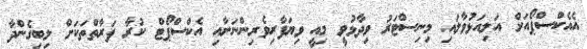
އެއެކްސްޕޯއަށް އަލިއަޅުވާލައި މިނިސްޓަރު ވިދާޅުވީ މިއީ ވިޔަފާރިވެރިންނަށާއި އެކްސްޕޯޓް ކުރާ ފަރާތްތަކަށް ލިބިގެންދާ